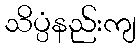
သိပ္ပံနည်းကျ